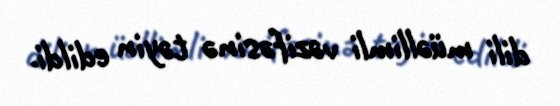
dili müəllimli vəzifəsinə təyin edildi.